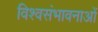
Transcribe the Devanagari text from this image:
विश्वसंभावनाओं